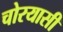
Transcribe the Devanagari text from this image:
चोरयासी